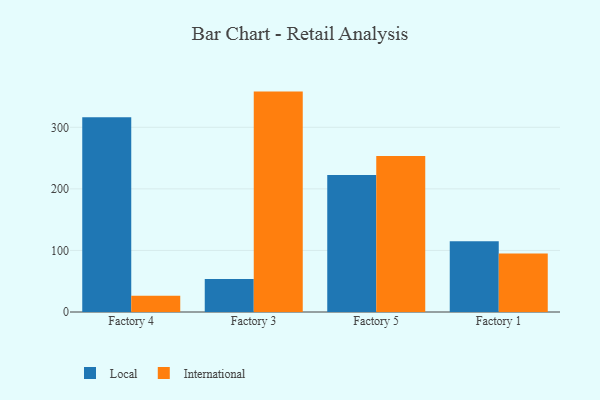
{"axis": {"x": "Factory", "y": "LTV (USD)"}, "legend": ["International", "Local"], "data": [{"x": "Factory 4", "y": 316.3, "type": "Local"}, {"x": "Factory 4", "y": 26.2, "type": "International"}, {"x": "Factory 3", "y": 53.6, "type": "Local"}, {"x": "Factory 3", "y": 358.0, "type": "International"}, {"x": "Factory 5", "y": 222.7, "type": "Local"}, {"x": "Factory 5", "y": 253.2, "type": "International"}, {"x": "Factory 1", "y": 114.9, "type": "Local"}, {"x": "Factory 1", "y": 94.9, "type": "International"}]}